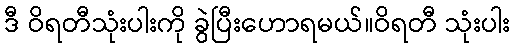
ဒီ ဝိရတီသုံးပါးကို ခွဲပြီးဟောရမယ်။ဝိရတီ သုံးပါး